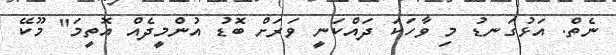
ނެތް. އަޅުގަނޑު މި ވާހަކަ ދައްކަނީ ވަރަށް ބޮޑު އުންމީދެއް އޮތީމަ" މޫކޭ